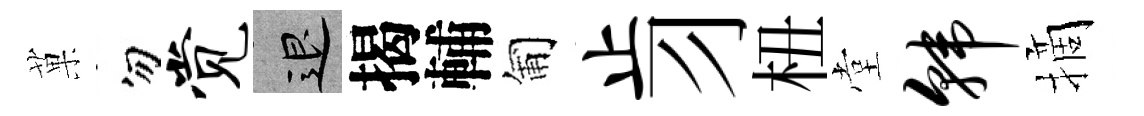
菓勿觉退揭輔匍止习杻堂韩摘